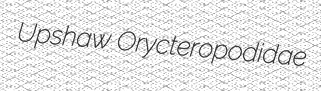
Upshaw Orycteropodidae